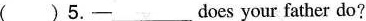
( )5.─____does your father do?